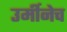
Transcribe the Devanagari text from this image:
उर्मीनेच